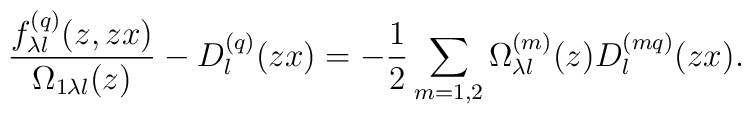
\frac{f_{\lambda l}^{(q)}(z,zx)}{\Omega _{1\lambda l}(z)}-D_l^{(q)}(zx)=-\frac{1}{2}\sum_{m=1,2}\Omega ^{(m)}_{\lambda l}(z)D_l^{(mq)}(zx).